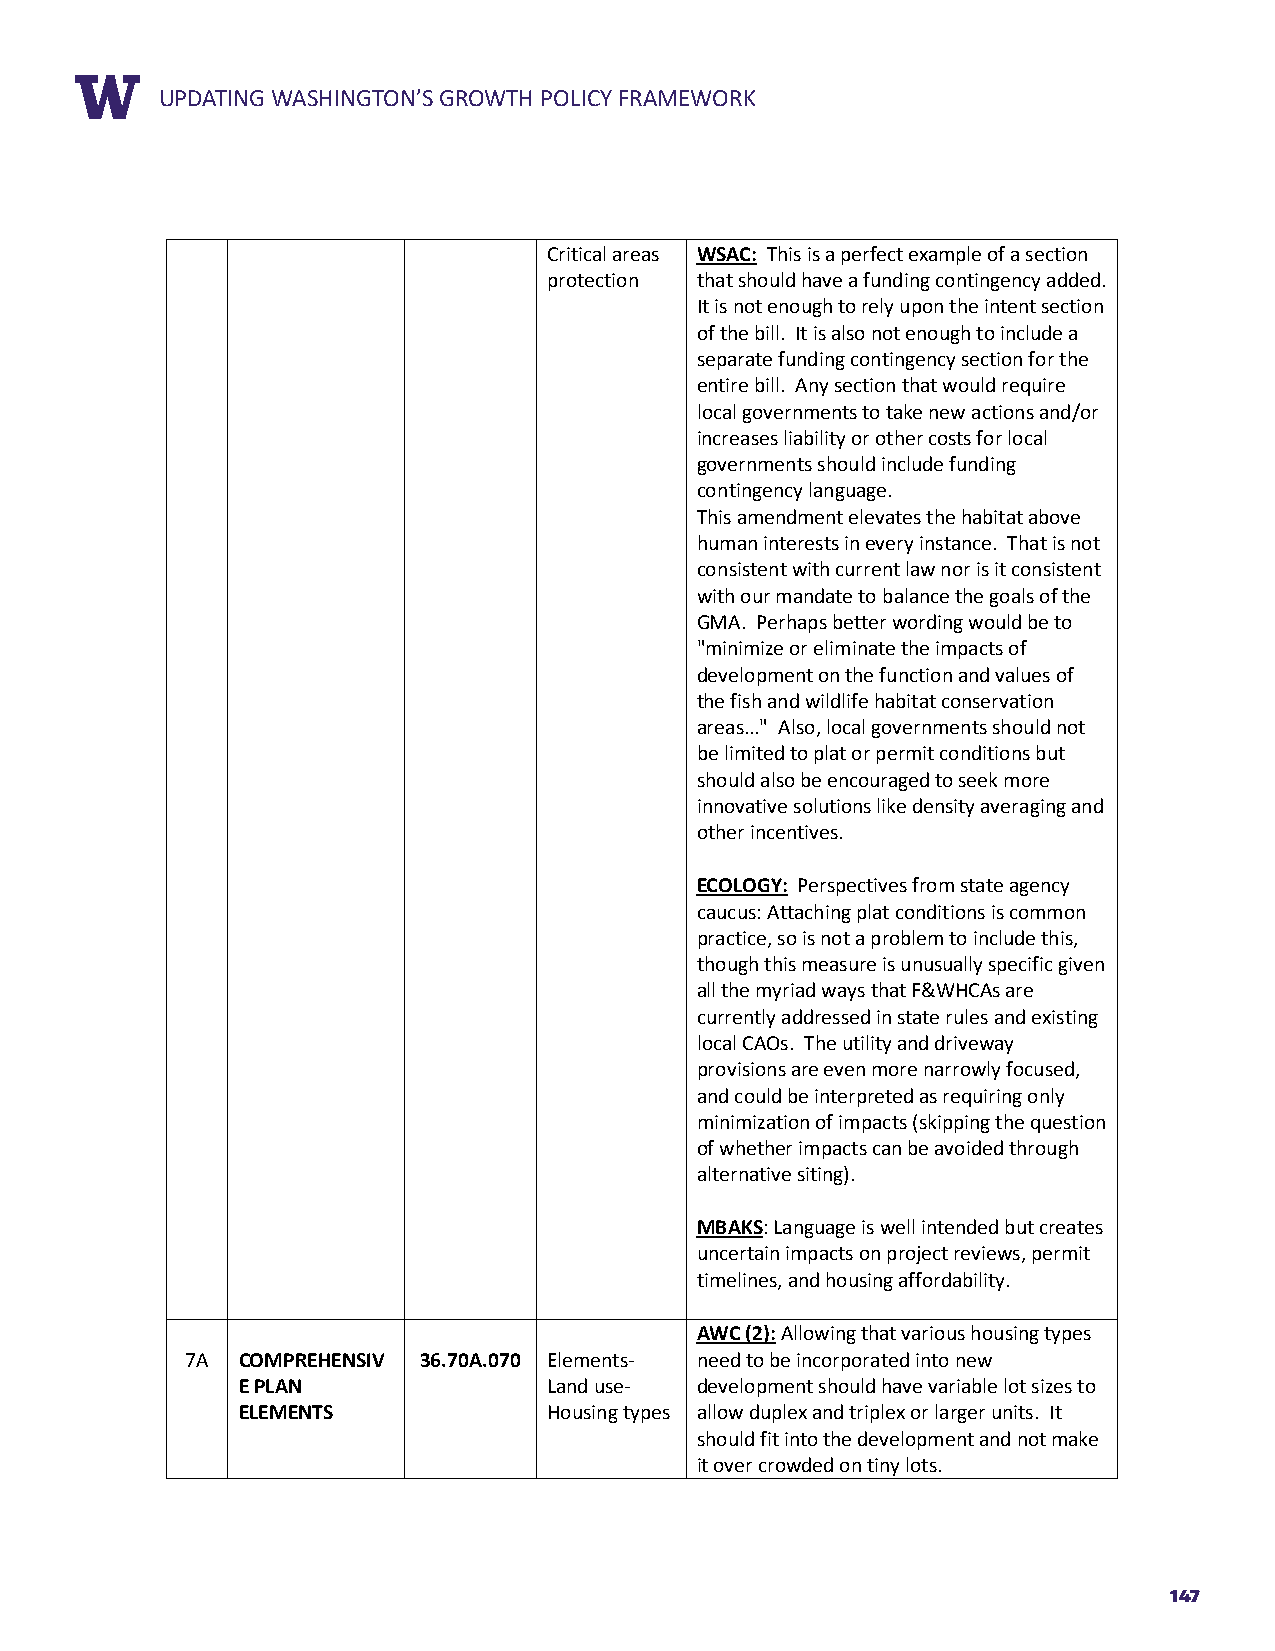
RUEPPDOARTTIN TGIT WLEASHINGTON’S GROWTH POLICY FRAMEWORK
 Critical areas WSAC: This is a perfect example of a section
 protection that should have a funding contingency added.
 It is not enough to rely upon the intent section
 of the bill. It is also not enough to include a
 separate funding contingency section for the
 entire bill. Any section that would require
 local governments to take new actions and/or
 increases liability or other costs for local
 governments should include funding
 contingency language.
 This amendment elevates the habitat above
 human interests in every instance. That is not
 consistent with current law nor is it consistent
 with our mandate to balance the goals of the
 GMA. Perhaps better wording would be to
 "minimize or eliminate the impacts of
 development on the function and values of
 the fish and wildlife habitat conservation
 areas..." Also, local governments should not
 be limited to plat or permit conditions but
 should also be encouraged to seek more
 innovative solutions like density averaging and
 other incentives.
 ECOLOGY: Perspectives from state agency
 caucus: Attaching plat conditions is common
 practice, so is not a problem to include this,
 though this measure is unusually specific given
 all the myriad ways that F&WHCAs are
 currently addressed in state rules and existing
 local CAOs. The utility and driveway
 provisions are even more narrowly focused,
 and could be interpreted as requiring only
 minimization of impacts (skipping the question
 of whether impacts can be avoided through
 alternative siting).
 MBAKS: Language is well intended but creates
 uncertain impacts on project reviews, permit
 timelines, and housing affordability.
 AWC (2): Allowing that various housing types
 7A  COMPREHENSIV 36.70A.070 Elements- need to be incorporated into new
 E PLAN              Land use- development should have variable lot sizes to
 ELEMENTS            Housing types allow duplex and triplex or larger units. It
 should fit into the development and not make
 it over crowded on tiny lots.
 147